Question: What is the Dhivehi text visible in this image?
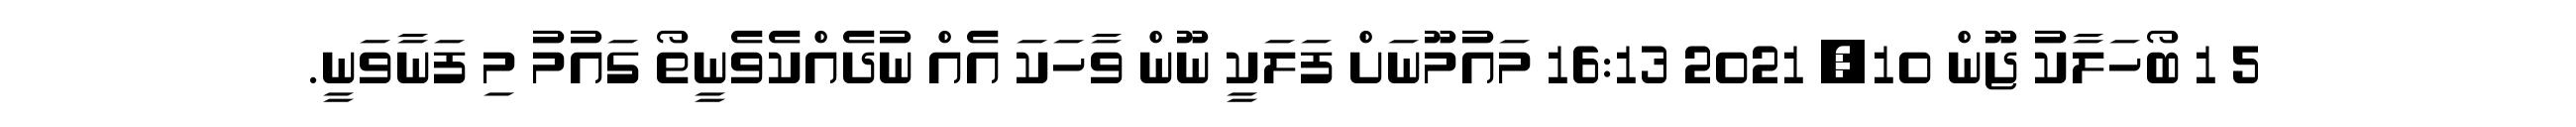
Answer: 5 1 ބޯހަލާކު ޖޫން 10, 2021 16:13 މައުމޫނަށް ފަލަކީ ނޫން ވާހަކަ އެއް ނުދެއްކެވެނީތޯ ގައުމު މި ފަނާވަނީ.